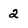
Character: 2